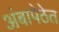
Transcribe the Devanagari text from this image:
अंबापेठेत